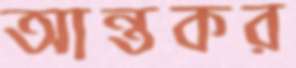
আন্তকর